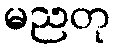
မညတု